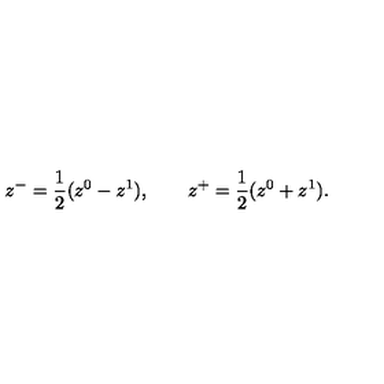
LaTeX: z ^ { - } = \frac { 1 } { 2 } ( z ^ { 0 } - z ^ { 1 } ) , \qquad z ^ { + } = \frac { 1 } { 2 } ( z ^ { 0 } + z ^ { 1 } ) .